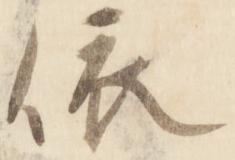
依